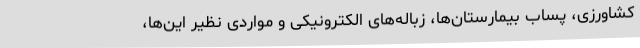
کشاورزی، پساب بیمارستان‌ها، زباله‌های الکترونیکی و مواردی نظیر این‌ها،